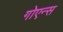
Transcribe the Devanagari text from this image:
गोएन्स